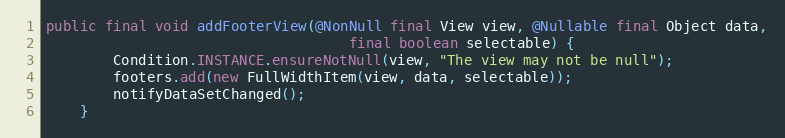
Language: Java
public final void addFooterView(@NonNull final View view, @Nullable final Object data,
                                    final boolean selectable) {
        Condition.INSTANCE.ensureNotNull(view, "The view may not be null");
        footers.add(new FullWidthItem(view, data, selectable));
        notifyDataSetChanged();
    }